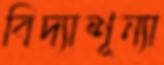
বিদ্যাশূন্যা